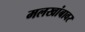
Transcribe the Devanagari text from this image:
मलखांबावर